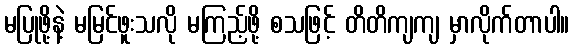
မပြုဖို့နဲ့ မမြင်ဖူးသလို မကြည့်ဖို့ စသဖြင့် တိတိကျကျ မှာလိုက်တာပါ။